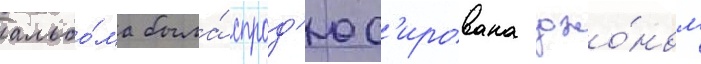
альбо́ма была́ спрод'юс'ирована джо́ном